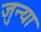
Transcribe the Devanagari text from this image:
जुन्‍या